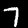
Digit: 7